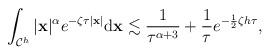
LaTeX: \begin{align*} \begin{aligned} \int_{\mathcal C^h}\vert\mathbf x\vert^{\alpha}e^{-\zeta \tau \vert \mathbf x\vert}\mathrm{d}\mathbf x \lesssim \frac{1}{\tau^{\alpha+3}}+\frac{1}{\tau}e^{-\frac{1}{2}\zeta h\tau }, \end{aligned} \end{align*}